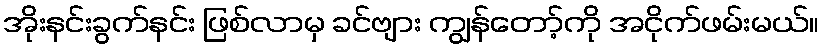
အိုးနင်းခွက်နင်း ဖြစ်လာမှ ခင်ဗျား ကျွန်တော့်ကို အငိုက်ဖမ်းမယ်။